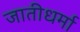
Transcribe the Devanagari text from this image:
जातीधर्मा